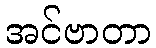
အင်ဗာတာ